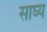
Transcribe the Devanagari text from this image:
साघ्य